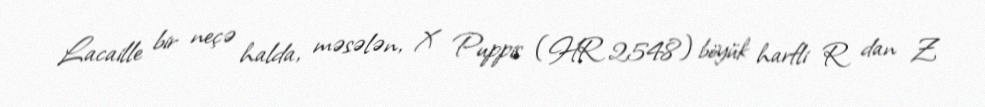
Lacaille bir neçə halda, məsələn, X Puppis (HR 2548) böyük harfli R dan Z